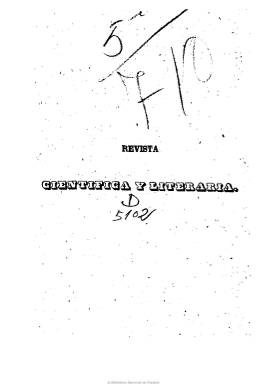
Título: Revista científica y literaria
Colección: Cultura
Ámbito geográfico: Madrid
Lugar de publicación: Madrid
Fechas: 01/01/1847-31/12/1848

Subtitulada como “periódico quincenal”, estuvo dirigida por José María Noguera, Antonio y Eduardo Alcalá Galiano y Francisco García López (éste sólo el primer número). Debió tener cierta aceptación entre los intelectuales y literatos españoles y su tono estuvo entre un liberalismo moderado, moralizante y religioso. Publica densos artículos, algunos de ellos traducidos, de historia y crítica literaria, cultura, educación, derecho, religión, política europea, y su influencia en España, historia, economía política, sociología, arte, etc. Llega a insertar un curso de literatura dramática y tiene una sección fija con el epígrafe “Boletín bibliográfico”. También publica algunas biografías y otra sección fija titulada “Revista quincenal”, en donde da cuenta de la actividad teatral. Asimismo, inserta extensas composiciones poéticas.

Entre sus redactores y colaboradores se hallan Alberto Lista, Joaquín Giménez, Francisco María Salmerón Alonso, José Zorrilla, Manuel Cañete, Adolfo Castro y Salvador Costanzo, además de los ya citados Alcalá Galiano.

Salió de la imprenta de José María Ducazcal y comenzó a publicarse en julio de 1847, probablemente en entregas de 48 páginas. La colección está formada por dos volúmenes. El primero, correspondiente a ese año, lo integran nueve números. Publicó otros diez números, formando su segundo volumen, hasta su desaparición, en junio de 1848. Al final de cada uno, inserta índices.